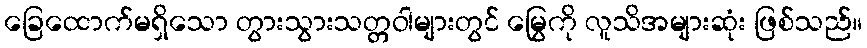
ခြေထောက်မရှိသော တွားသွားသတ္တဝါများတွင် မြွေကို လူသိအများဆုံး ဖြစ်သည်။